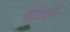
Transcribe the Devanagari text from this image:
होटेलों